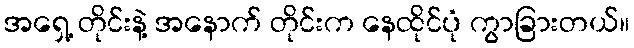
အရှေ့ တိုင်းနဲ့ အနောက် တိုင်းက နေထိုင်ပုံ ကွာခြားတယ်။